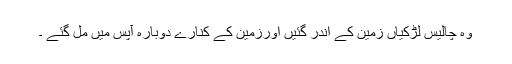
وہ چالیس لڑکیاں زمین کے اندر گئیں اورزمین کے کنارے دوبارہ آپس میں مل گئے ۔